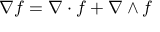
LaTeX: \nabla f = \nabla \cdot f + \nabla \wedge f